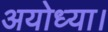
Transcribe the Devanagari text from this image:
अयोध्या।